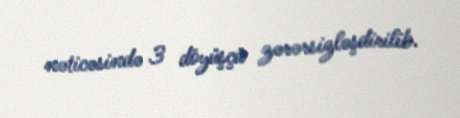
nəticəsində 3 döyüşçü zərərsizləşdirilib.